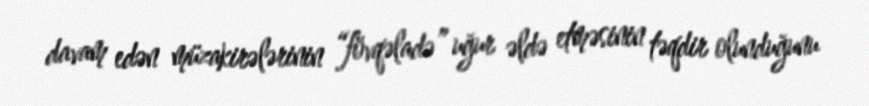
davam edən müzakirələrinin “fövqəladə” uğur əldə etməsinin təqdir olunduğunu